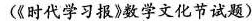
(《时代学习报》数学文化节试题)